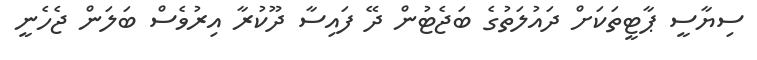
ސިޔާސީ ޕާޓީތަކަށް ދައުލަތުގެ ބަޖެޓުން ދޭ ފައިސާ ދޫކުރާ އިރުވެސް ބަލަން ޖެހެނީ